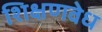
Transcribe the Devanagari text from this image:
शिक्षणवेध